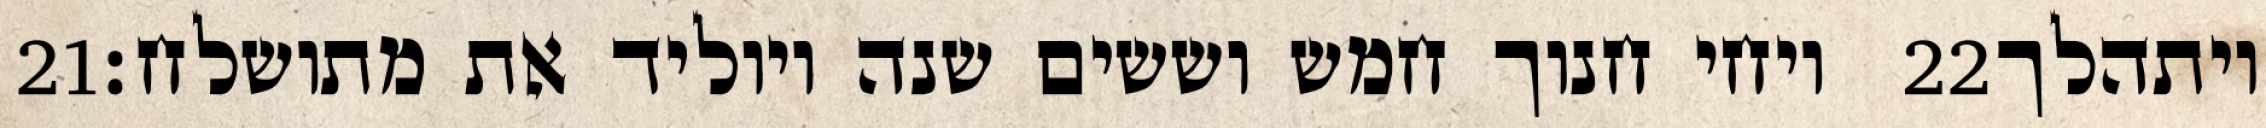
‎21‏ ויחי חנוך חמש וששים שנה ויוליד את מתושלח׃ ‎22‏ ויתהלך